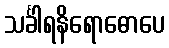
သင်္ခါရနိရောဓောပေ